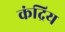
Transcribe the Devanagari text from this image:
कंद्रिय